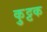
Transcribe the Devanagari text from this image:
कुुट्टक